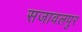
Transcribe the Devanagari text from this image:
सजावलपुर